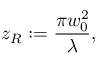
z _ { R } : = \frac { \pi w _ { 0 } ^ { 2 } } { \lambda } ,